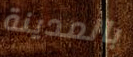
بالمدينة